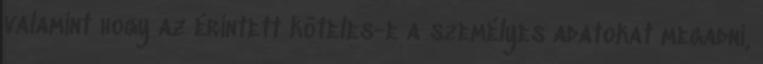
valamint hogy az érintett köteles-e a személyes adatokat megadni,